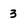
Character: 3